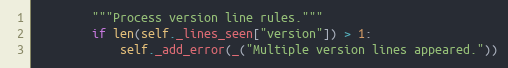
Language: Python
        """Process version line rules."""
        if len(self._lines_seen["version"]) > 1:
            self._add_error(_("Multiple version lines appeared."))